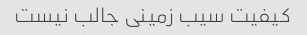
کیفیت سیب زمینی جالب نیست